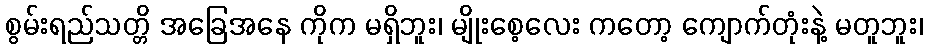
စွမ်းရည်သတ္တိ အခြေအနေ ကိုက မရှိဘူး၊ မျိုးစေ့လေး ကတော့ ကျောက်တုံးနဲ့ မတူဘူး၊